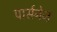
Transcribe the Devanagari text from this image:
पार्सनेज